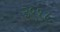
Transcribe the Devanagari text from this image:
३९१८